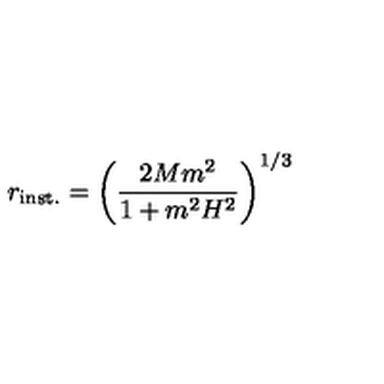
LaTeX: r _ { \mathrm { i n s t . } } = \left( \frac { 2 M m ^ { 2 } } { 1 + m ^ { 2 } H ^ { 2 } } \right) ^ { 1 / 3 }